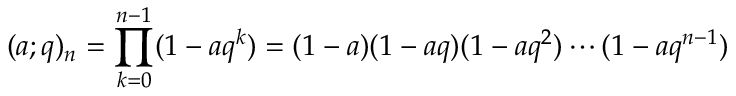
( a ; q ) _ { n } = \prod _ { k = 0 } ^ { n - 1 } ( 1 - a q ^ { k } ) = ( 1 - a ) ( 1 - a q ) ( 1 - a q ^ { 2 } ) \cdots ( 1 - a q ^ { n - 1 } )